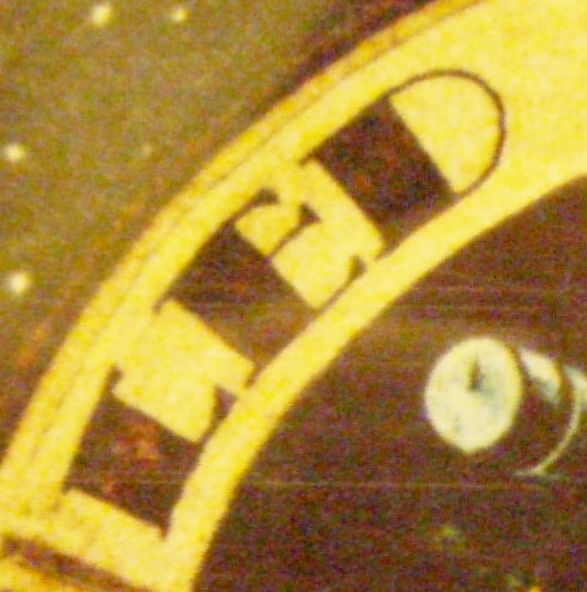
LED